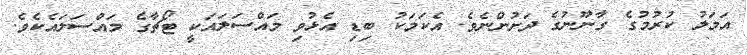
އަމަލު ކުރުމުގެ ގާނޫނުގެ ދަށުންނެވެ. އެކަމަކު ބިޑި އެޅުވި މައްސަލައަކީ ޓޯޗާގެ މައްސަލައެކެވެ.